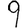
Digit: 9